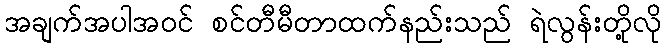
အချက်အပါအဝင် စင်တီမီတာထက်နည်းသည် ရဲလွန်းတို့လို